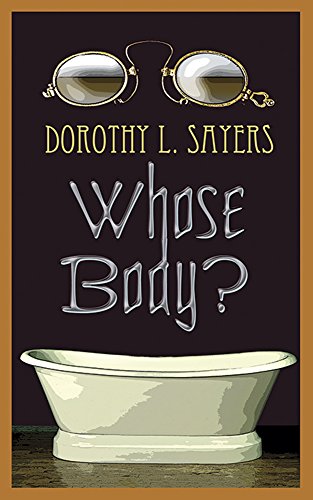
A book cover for Whose Body?; Dorothy L. Sayers; Mystery, Thriller & Suspense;